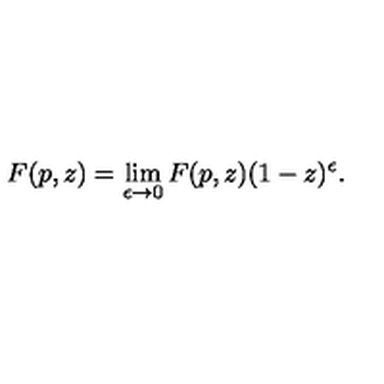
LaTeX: F ( p , z ) = \lim _ { \epsilon \rightarrow 0 } F ( p , z ) ( 1 - z ) ^ { \epsilon } .